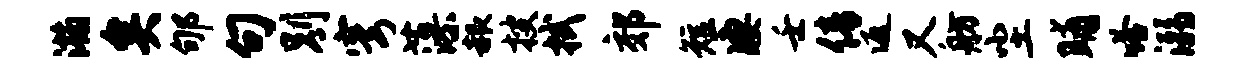
瀚矣郇句别穹藻赧搜拭郊短凄壬倩返又舫尘晡嗒溺